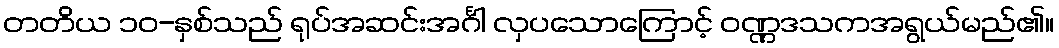
တတိယ ၁၀-နှစ်သည် ရုပ်အဆင်းအင်္ဂါ လှပသောကြောင့် ဝဏ္ဏဒသကအရွယ်မည်၏။